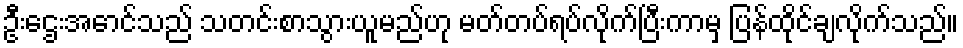
ဦးဌေးအောင်သည် သတင်းစာသွားယူမည်ဟု မတ်တပ်ရပ်လိုက်ပြီးကာမှ ပြန်ထိုင်ချလိုက်သည်။